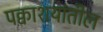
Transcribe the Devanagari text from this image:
पक्वाशयांतील